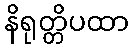
နိရုတ္တိပထာ